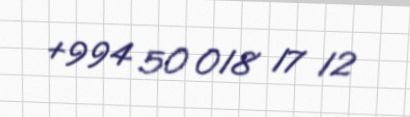
+994 50 018 17 12